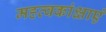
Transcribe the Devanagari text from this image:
महत्वकांक्षाएं